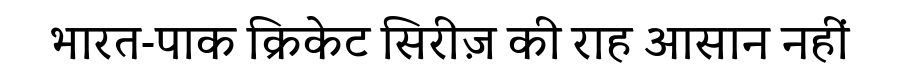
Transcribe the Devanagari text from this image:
भारत-पाक क्रिकेट सिरीज़ की राह आसान नहीं